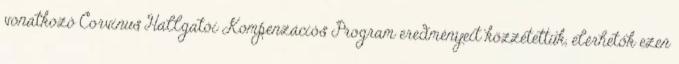
vonatkozó Corvinus Hallgatói Kompenzációs Program eredményeit közzétettük, elérhetők ezen